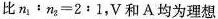
比$$n _ { 1 } ：n _ { 3 } = 2﹔1$$，V和A均为理想